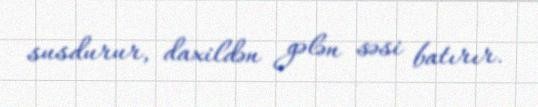
susdurur, daxildən gələn səsi batırır.